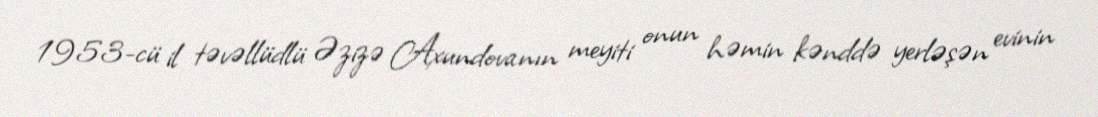
1953-cü il təvəllüdlü Əzizə Axundovanın meyiti onun həmin kənddə yerləşən evinin